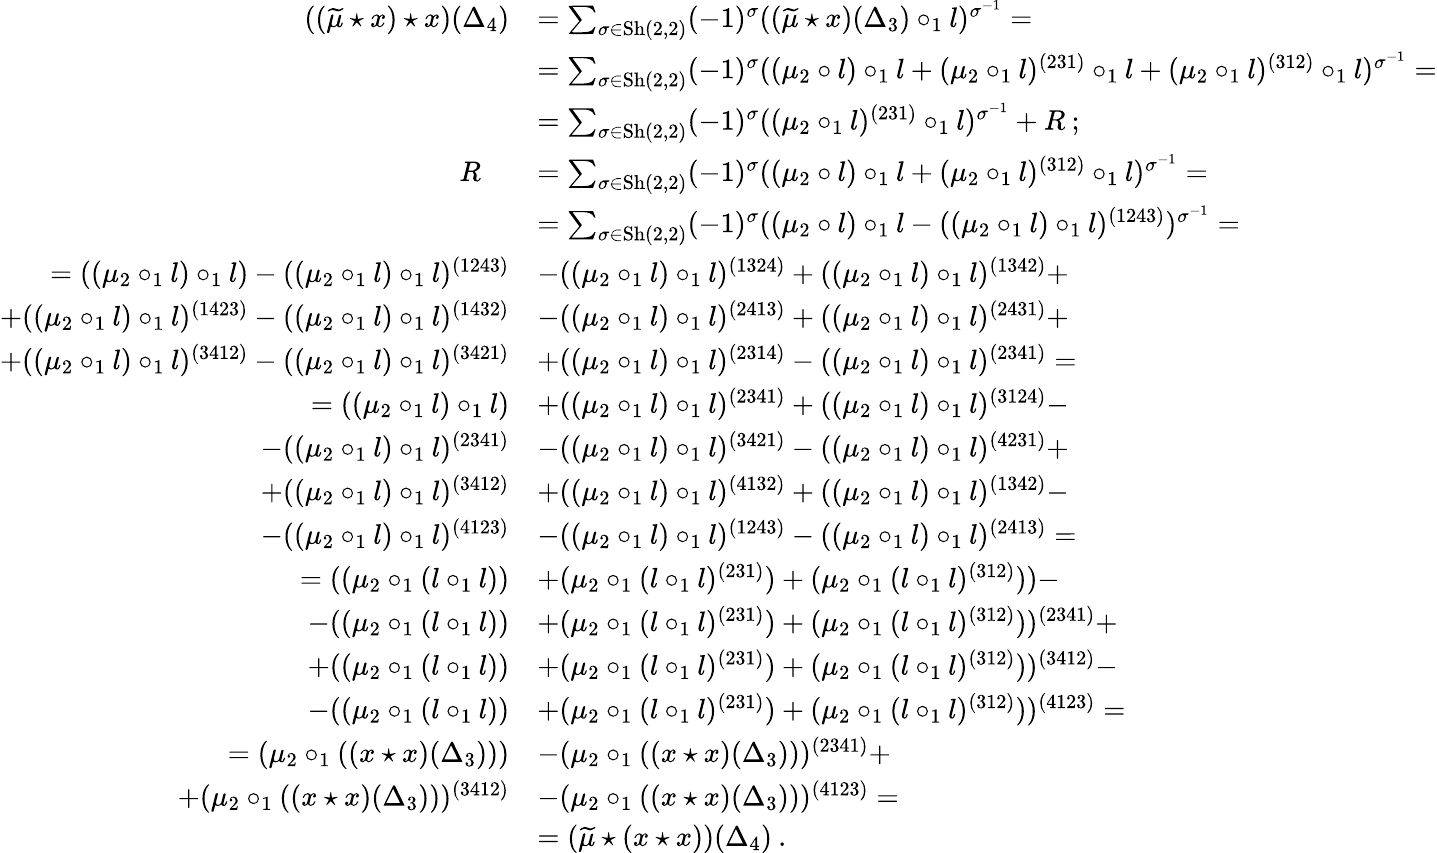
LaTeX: \begin{array}{rl}{((\widetilde{\mu}\star x)\star x)(\Delta_{4})}&{=\sum_{\sigma\in\mathrm{Sh}(2,2)}(-1)^{\sigma}((\widetilde{\mu}\star x)(\Delta_{3})\circ_{1}l)^{\sigma^{-1}}=}\\ &{=\sum_{\sigma\in\mathrm{Sh}(2,2)}(-1)^{\sigma}((\mu_{2}\circ l)\circ_{1}l+(\mu_{2}\circ_{1}l)^{(231)}\circ_{1}l+(\mu_{2}\circ_{1}l)^{(312)}\circ_{1}l)^{\sigma^{-1}}=}\\ &{=\sum_{\sigma\in\mathrm{Sh}(2,2)}(-1)^{\sigma}((\mu_{2}\circ_{1}l)^{(231)}\circ_{1}l)^{\sigma^{-1}}+R\: ;}\\ {R\quad}&{=\sum_{\sigma\in\mathrm{Sh}(2,2)}(-1)^{\sigma}((\mu_{2}\circ l)\circ_{1}l+(\mu_{2}\circ_{1}l)^{(312)}\circ_{1}l)^{\sigma^{-1}}=}\\ &{=\sum_{\sigma\in\mathrm{Sh}(2,2)}(-1)^{\sigma}((\mu_{2}\circ l)\circ_{1}l-((\mu_{2}\circ_{1}l)\circ_{1}l)^{(1243)})^{\sigma^{-1}}=}\\ {=((\mu_{2}\circ_{1}l)\circ_{1}l)-((\mu_{2}\circ_{1}l)\circ_{1}l)^{(1243)}}&{-((\mu_{2}\circ_{1}l)\circ_{1}l)^{(1324)}+((\mu_{2}\circ_{1}l)\circ_{1}l)^{(1342)}+}\\ {+((\mu_{2}\circ_{1}l)\circ_{1}l)^{(1423)}-((\mu_{2}\circ_{1}l)\circ_{1}l)^{(1432)}}&{-((\mu_{2}\circ_{1}l)\circ_{1}l)^{(2413)}+((\mu_{2}\circ_{1}l)\circ_{1}l)^{(2431)}+}\\ {+((\mu_{2}\circ_{1}l)\circ_{1}l)^{(3412)}-((\mu_{2}\circ_{1}l)\circ_{1}l)^{(3421)}}&{+((\mu_{2}\circ_{1}l)\circ_{1}l)^{(2314)}-((\mu_{2}\circ_{1}l)\circ_{1}l)^{(2341)}=}\\ {=((\mu_{2}\circ_{1}l)\circ_{1}l)}&{+((\mu_{2}\circ_{1}l)\circ_{1}l)^{(2341)}+((\mu_{2}\circ_{1}l)\circ_{1}l)^{(3124)}-}\\ {-((\mu_{2}\circ_{1}l)\circ_{1}l)^{(2341)}}&{-((\mu_{2}\circ_{1}l)\circ_{1}l)^{(3421)}-((\mu_{2}\circ_{1}l)\circ_{1}l)^{(4231)}+}\\ {+((\mu_{2}\circ_{1}l)\circ_{1}l)^{(3412)}}&{+((\mu_{2}\circ_{1}l)\circ_{1}l)^{(4132)}+((\mu_{2}\circ_{1}l)\circ_{1}l)^{(1342)}-}\\ {-((\mu_{2}\circ_{1}l)\circ_{1}l)^{(4123)}}&{-((\mu_{2}\circ_{1}l)\circ_{1}l)^{(1243)}-((\mu_{2}\circ_{1}l)\circ_{1}l)^{(2413)}=}\\ {=((\mu_{2}\circ_{1}(l\circ_{1}l))}&{+(\mu_{2}\circ_{1}(l\circ_{1}l)^{(231)})+(\mu_{2}\circ_{1}(l\circ_{1}l)^{(312)}))-}\\ {-((\mu_{2}\circ_{1}(l\circ_{1}l))}&{+(\mu_{2}\circ_{1}(l\circ_{1}l)^{(231)})+(\mu_{2}\circ_{1}(l\circ_{1}l)^{(312)}))^{(2341)}+}\\ {+((\mu_{2}\circ_{1}(l\circ_{1}l))}&{+(\mu_{2}\circ_{1}(l\circ_{1}l)^{(231)})+(\mu_{2}\circ_{1}(l\circ_{1}l)^{(312)}))^{(3412)}-}\\ {-((\mu_{2}\circ_{1}(l\circ_{1}l))}&{+(\mu_{2}\circ_{1}(l\circ_{1}l)^{(231)})+(\mu_{2}\circ_{1}(l\circ_{1}l)^{(312)}))^{(4123)}=}\\ {=(\mu_{2}\circ_{1}((x\star x)(\Delta_{3})))}&{-(\mu_{2}\circ_{1}((x\star x)(\Delta_{3})))^{(2341)}+}\\ {+(\mu_{2}\circ_{1}((x\star x)(\Delta_{3})))^{(3412)}}&{-(\mu_{2}\circ_{1}((x\star x)(\Delta_{3})))^{(4123)}=}\\ &{=(\widetilde{\mu}\star(x\star x))(\Delta_{4})\: .}\end{array}